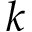
k